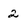
Character: 2